Civil Veterinary Department. United Provinces 1932-42 - 1932-1942
Year: 1932
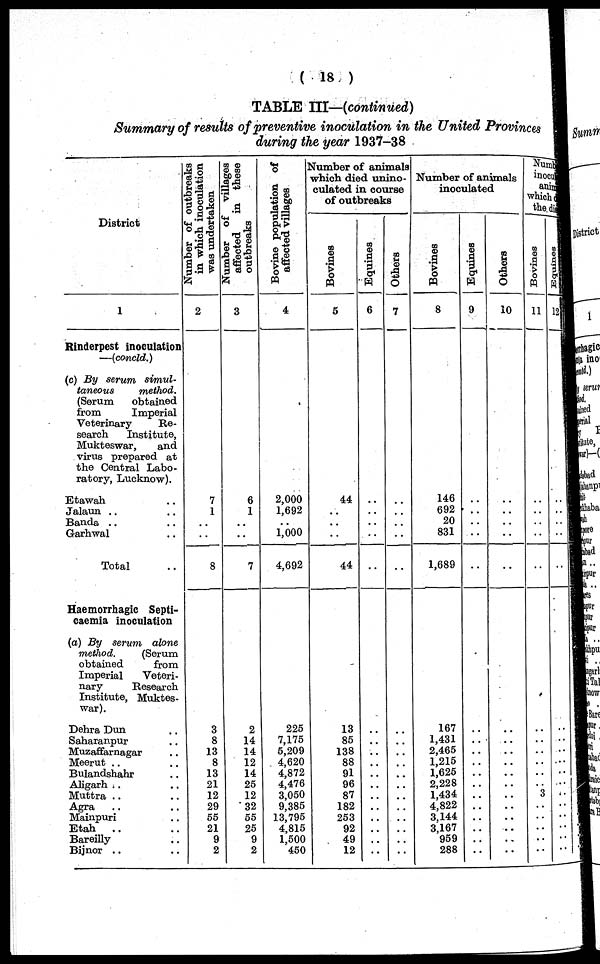
(18)
TABLE III—(continued)
Summary of results of preventive inoculation in the United Provinces
during the year 1937-38
District
I
Rinderpest inoculation
—(concld.)
(c) By serum simul-
taneous
method.
(Serum
obtained
from
Imperial
Veterinary
Re-
search
Institute,
Mukteswar,
and
virus prepared at
the Central Labo-
ratory, Lucknow).
Etawah ..
Jalaun .. ..
Banda .. ..
Garhwal ..
Total ..
Haemorrhagic Septi-
caemia inoculation
(a) By serum alone
method.
(Serum
obtained
from
Imperial
Veteri-
nary
Research
Institute, Muktes-
war).
Dehra Dun ..
Saharanpur ..
Muzaffarnagar ..
Meerut .. ..
Bulandshahr ..
Aligarh .. ..
Muttra .. ..
Agra .. ..
Mainpuri .. ..
Etah .. ..
Bareilly ..
Bijnor .. ..
Number of outbreaks
in which inoculation
was undertaken
2
7
1
..
..
8
3
8
13
8
13
21
12
29
55
21
9
2
Number of villages
affected
in these
outbreaks
3
6
1
..
..
7
2
14
14
12
14
25
12
32
55
25
9
2
Bovine population of
affected villages
4
2,000
1,692
..
1,000
4,692
225
7,175
5,209
4,620
4,872
4,476
3,050
9,385
13,795
4,815
1,500
450
Number of animals
which died unino-
culated in course
of outbreaks
Bovines
5
44
..
..
..
44
13
85
138
88
91
96
87
182
253
92
49
12
Equines
6
..
..
..
..
..
..
..
..
..
..
..
..
..
..
..
..
..
Others
7
..
..
..
..
..
..
..
..
..
..
..
..
..
..
..
..
..
Number of animals
inoculated
Bovines
8
146
692
20
831
1,689
167
1,431
2,465
1,215
1,625
2,228
1,434
4,822
3,144
3,167
959
288
Equines
9
..
..
..
..
..
..
..
..
..
..
..
..
..
..
..
..
..
Others
10
..
..
..
..
..
..
..
..
..
..
..
..
..
..
..
..
..
Numb
inocu
anim
which
the di
Bovines
11
..
..
..
..
..
..
..
..
..
..
3
..
..
..
..
..
..
Equines
12
..
..
..
..
..
..
..
..
..
..
..
..
..
..
..
..
..